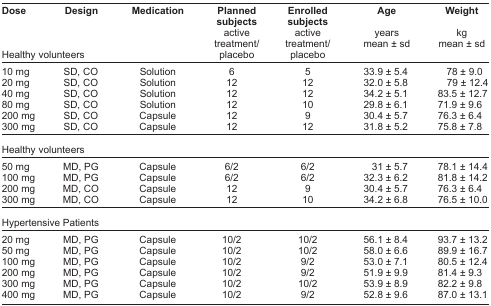
<table><thead><tr><td><b>Dose</b></td><td><b>Design</b></td><td><b>Medication</b></td><td><b>Planned subjects</b></td><td><b>Enrolled subjects</b></td><td><b>Age</b></td><td><b>Weight</b></td></tr><tr><td colspan="3"><b>Healthy volunteers</b></td><td><b>active treatment/placebo</b></td><td><b>active treatment/placebo</b></td><td><b>years mean ± sd</b></td><td><b>kg mean ± sd</b></td></tr></thead><tbody><tr><td>10 mg</td><td>SD, CO</td><td>Solution</td><td>6</td><td>5</td><td>33.9 ± 5.4</td><td>78 ± 9.0</td></tr><tr><td>20 mg</td><td>SD, CO</td><td>Solution</td><td>12</td><td>12</td><td>32.0 ± 5.8</td><td>79 ± 12.4</td></tr><tr><td>40 mg</td><td>SD, CO</td><td>Solution</td><td>12</td><td>12</td><td>34.2 ± 5.1</td><td>83.5 ± 12.7</td></tr><tr><td>80 mg</td><td>SD, CO</td><td>Solution</td><td>12</td><td>10</td><td>29.8 ± 6.1</td><td>71.9 ± 9.6</td></tr><tr><td>200 mg</td><td>SD, CO</td><td>Capsule</td><td>12</td><td>9</td><td>30.4 ± 5.7</td><td>76.3 ± 6.4</td></tr><tr><td>300 mg</td><td>SD, CO</td><td>Capsule</td><td>12</td><td>12</td><td>31.8 ± 5.2</td><td>75.8 ± 7.8</td></tr><tr><td colspan="7">Healthy volunteers</td></tr><tr><td>50 mg</td><td>MD, PG</td><td>Capsule</td><td>6/2</td><td>6/2</td><td>31 ± 5.7</td><td>78.1 ± 14.4</td></tr><tr><td>100 mg</td><td>MD, PG</td><td>Capsule</td><td>6/2</td><td>6/2</td><td>32.3 ± 6.2</td><td>81.8 ± 14.2</td></tr><tr><td>200 mg</td><td>MD, CO</td><td>Capsule</td><td>12</td><td>9</td><td>30.4 ± 5.7</td><td>76.3 ± 6.4</td></tr><tr><td>300 mg</td><td>MD, CO</td><td>Capsule</td><td>12</td><td>10</td><td>34.2 ± 6.8</td><td>76.5 ± 10.0</td></tr><tr><td colspan="7">Hypertensive Patients</td></tr><tr><td>20 mg</td><td>MD, PG</td><td>Capsule</td><td>10/2</td><td>10/2</td><td>56.1 ± 8.4</td><td>93.7 ± 13.2</td></tr><tr><td>50 mg</td><td>MD, PG</td><td>Capsule</td><td>10/2</td><td>10/2</td><td>58.0 ± 6.6</td><td>89.9 ± 16.7</td></tr><tr><td>100 mg</td><td>MD, PG</td><td>Capsule</td><td>10/2</td><td>9/2</td><td>53.0 ± 7.1</td><td>80.5 ± 12.4</td></tr><tr><td>200 mg</td><td>MD, PG</td><td>Capsule</td><td>10/2</td><td>9/2</td><td>51.9 ± 9.9</td><td>81.4 ± 9.3</td></tr><tr><td>300 mg</td><td>MD, PG</td><td>Capsule</td><td>10/2</td><td>10/2</td><td>53.9 ± 8.9</td><td>82.2 ± 9.8</td></tr><tr><td>400 mg</td><td>MD, PG</td><td>Capsule</td><td>10/2</td><td>9/2</td><td>52.8 ± 9.6</td><td>87.0 ± 13.1</td></tr></tbody></table>